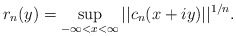
\begin{align*}r_n(y)=\sup_{-\infty<x<\infty}||c_n(x+iy)||^{1/n}. \end{align*}